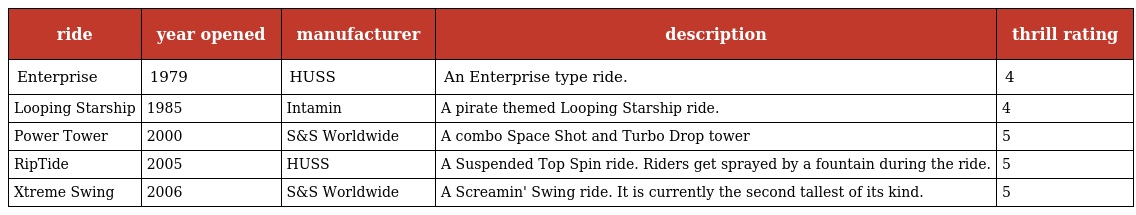
| ride | year opened | manufacturer | description | thrill rating |
 | --- | --- | --- | --- | --- |
 | Enterprise | 1979 | HUSS | An Enterprise type ride. | 4 |
 | Looping Starship | 1985 | Intamin | A pirate themed Looping Starship ride. | 4 |
 | Power Tower | 2000 | S&S Worldwide | A combo Space Shot and Turbo Drop tower | 5 |
 | RipTide | 2005 | HUSS | A Suspended Top Spin ride. Riders get sprayed by a fountain during the ride. | 5 |
 | Xtreme Swing | 2006 | S&S Worldwide | A Screamin' Swing ride. It is currently the second tallest of its kind. | 5 |